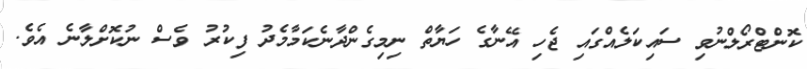
ކޮންޓްރޯލްނުވި ސައިކަލެއްގައި ޖެހި އޭނާގެ ހަޔާތް ނިމިގެންދާނެކަމާމެދު ފިކުރު ވެސް ނުކޮށްލާނެ އެވެ.